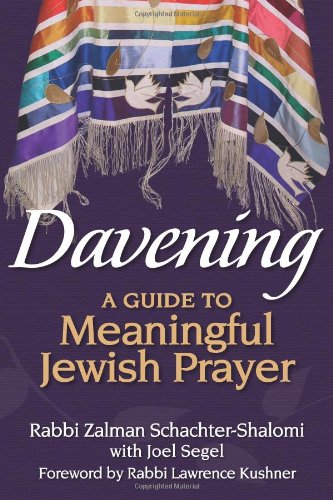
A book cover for Davening: A Guide to Meaningful Jewish Prayer; Rabbi Zalman M. Schachter-Shalomi; Religion & Spirituality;